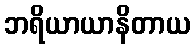
ဘရိယာယာနိတာယ